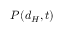
P ( d _ { H } , t )